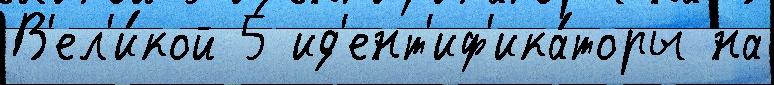
В'ел'и́кой 5 ид'ент'иф'ика́торы на